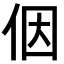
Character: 𪜶